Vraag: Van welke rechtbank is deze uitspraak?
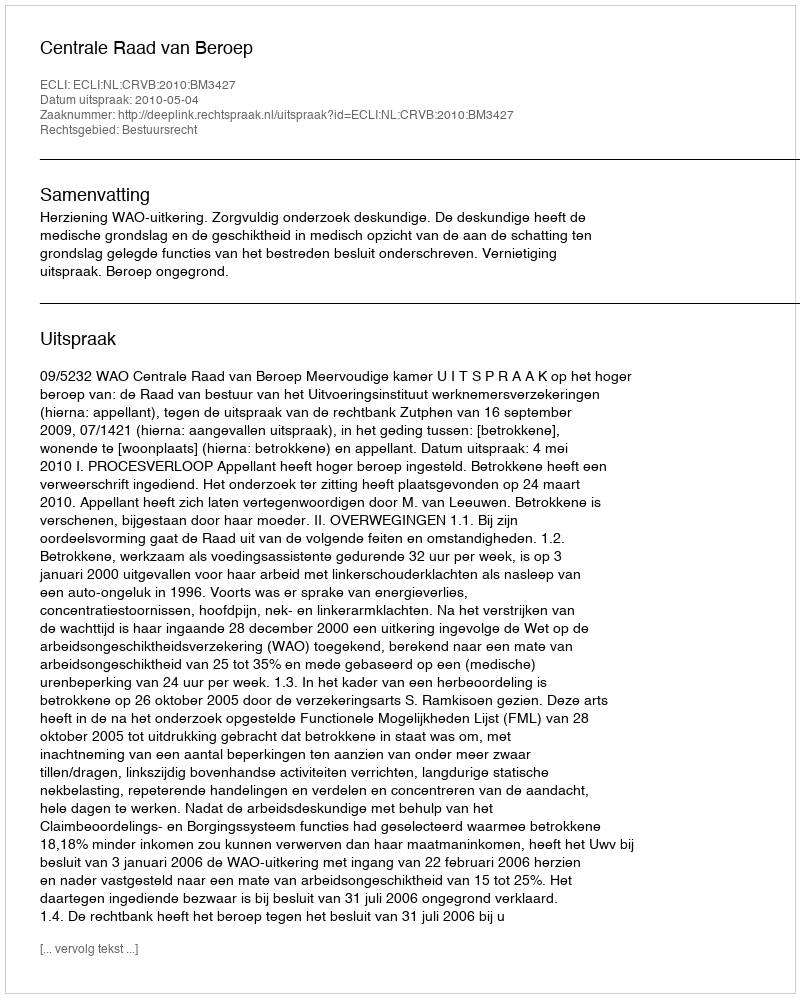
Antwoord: Centrale Raad van Beroep